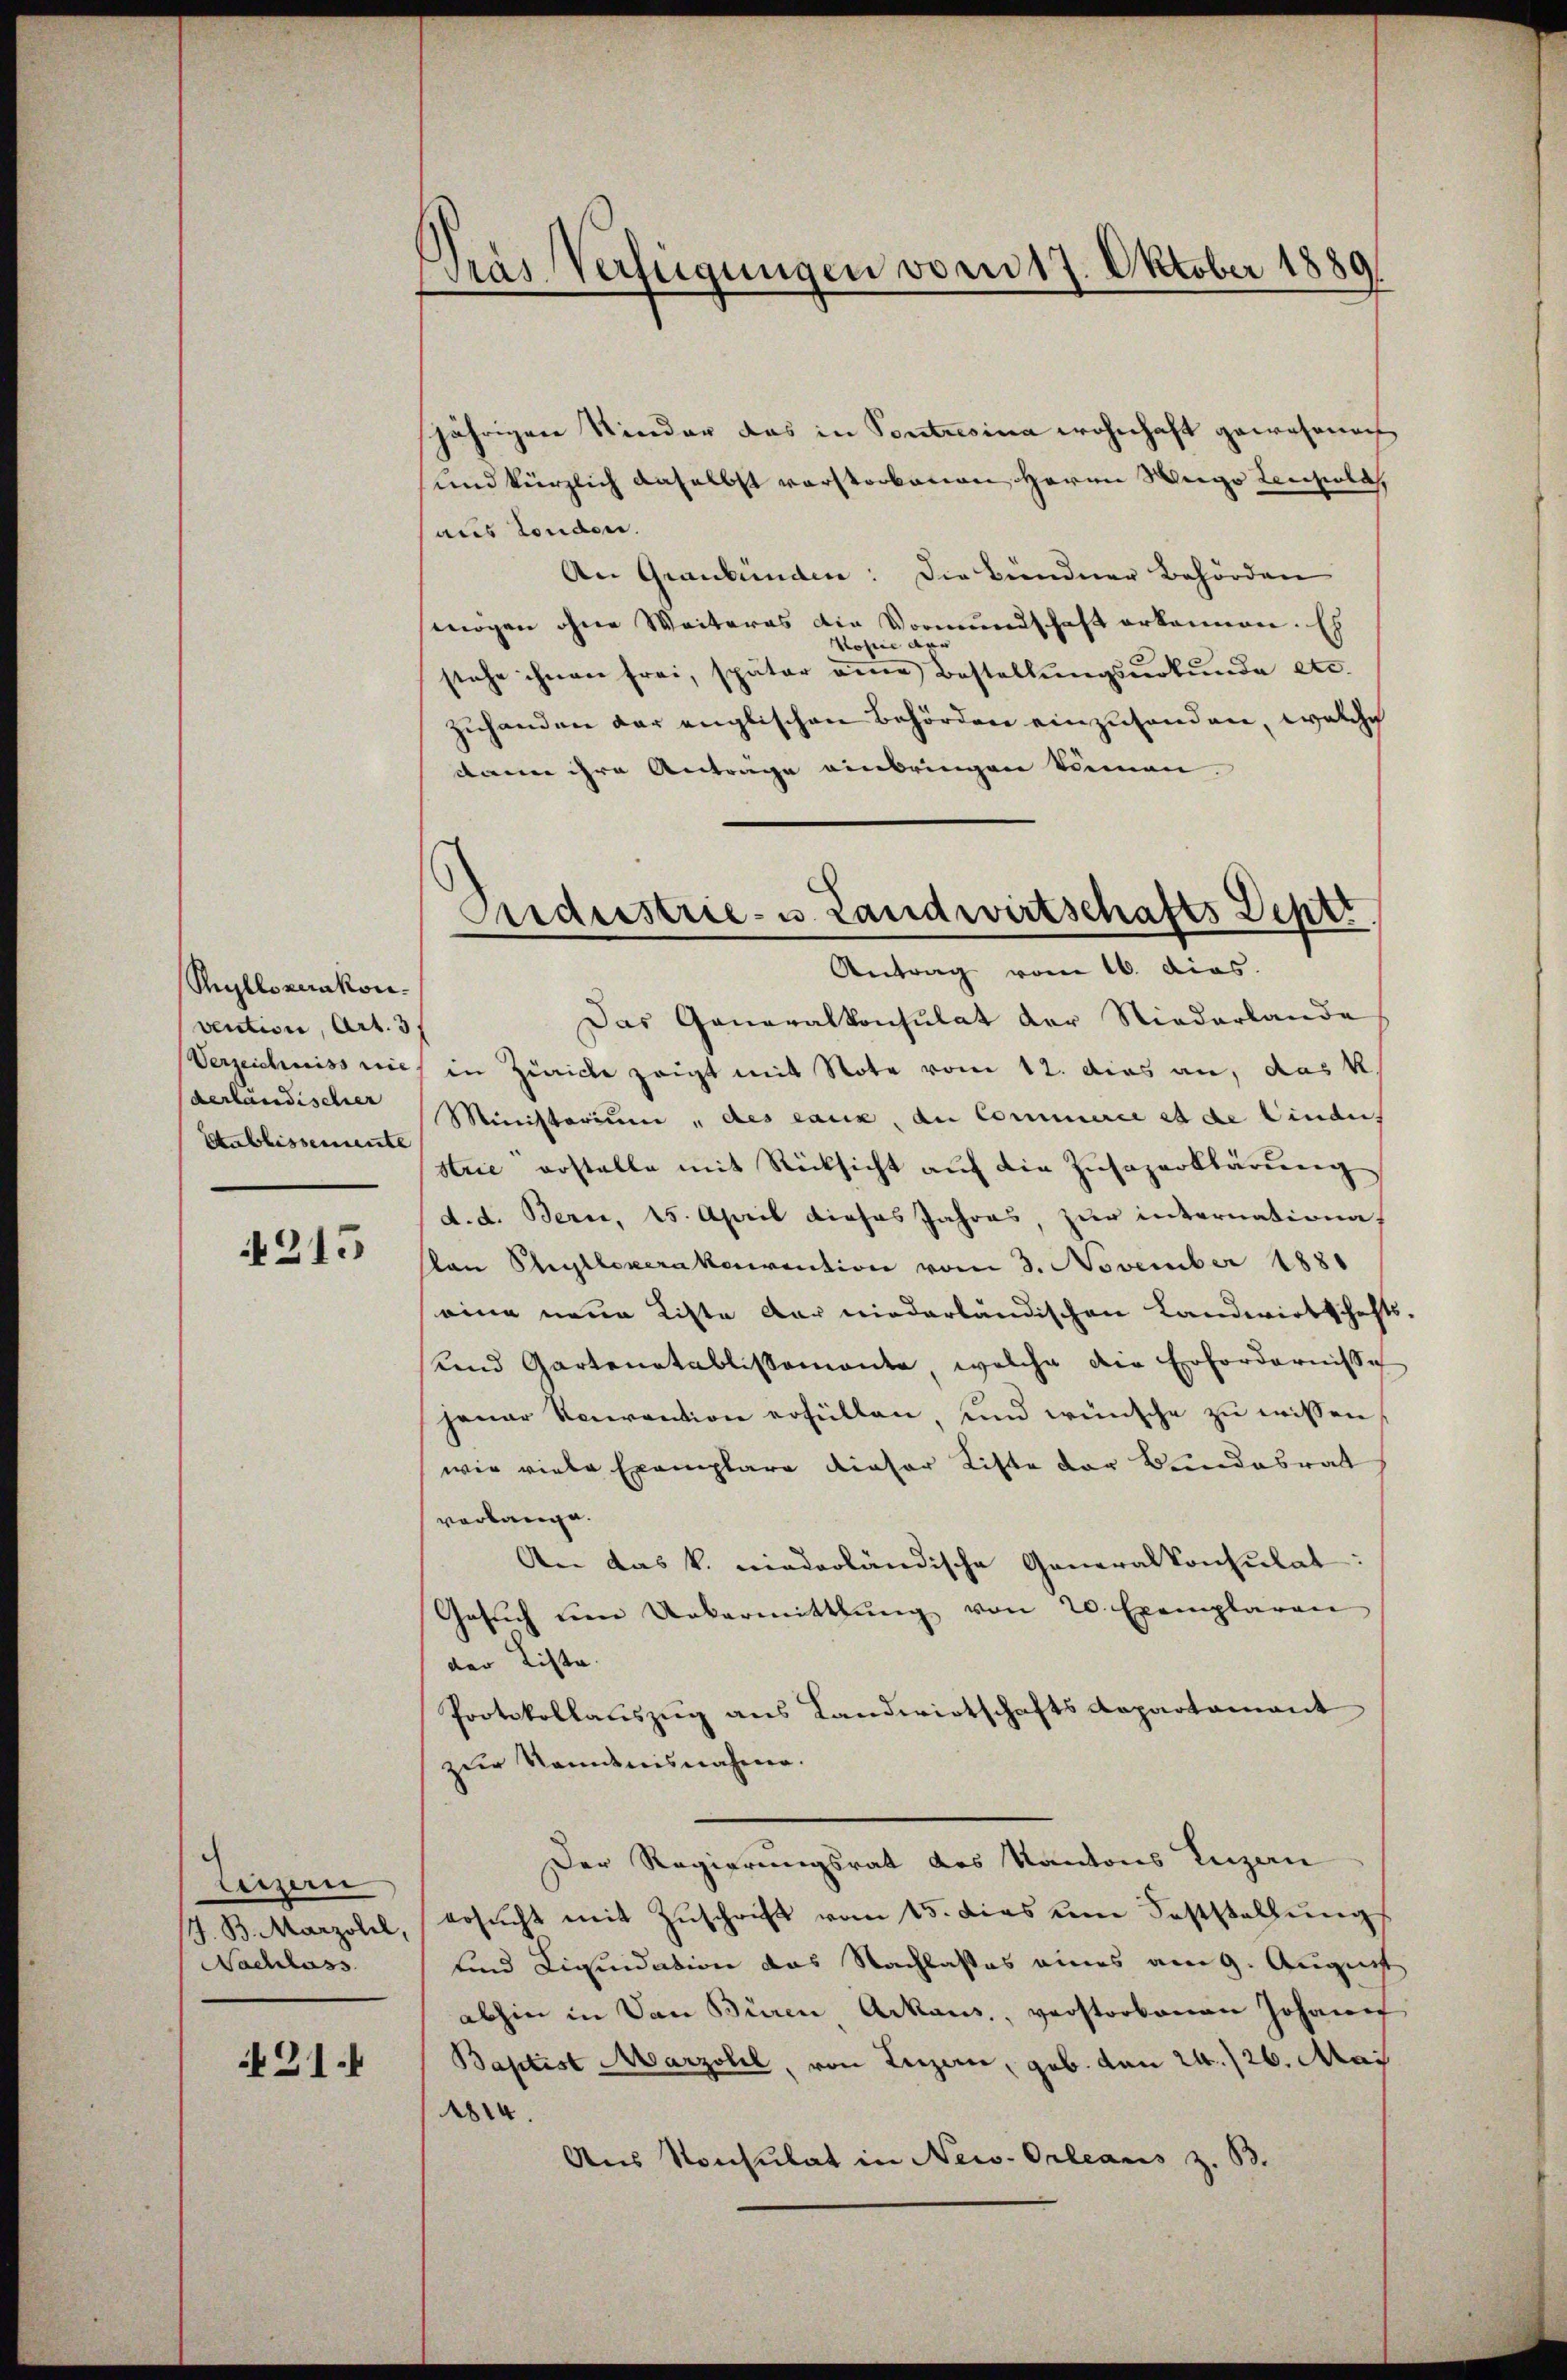
Ryllovankonvention, Art. 31
Verzeichniss nie
verländischer
Etablissemente

215

Litzern
7. B. Marzoll,
Nachlass

31.

ras Verfügungen vom 17. Oktober 1889

jährigen Kinder das in Contresina wohnhaft gewesenach
und kürzlich daselbst vorstorbenen Herrn Weige Lenzola,
aus sonden.
An Graubünden: Die Bündner Behörden
mögen ohne Weiteras die Vormundschaft erkennen. Es
Vomie der
stehe ihnen frei, später eine Bestellungsurkunde etc.
zuhanden der englischen Behörden einzuhanden, welche
dann ihre Anträge einbringen können

Audeestrie- u. Landwirtschafts Deptr
Antrag vom 16. dies.

Das Generalkonsulat der Niederlande
in Zürich zeigt mit Note vom 12. dies an, das k
Ministorium, des eaux, an Commerie et de Lindes
strie erstelle mit Rücksicht auf die Zusagerklärung
d. d. Bern, 15. April dieses Jahres, zur internationa
an Phyllexerakomention vom 3. November 1881
eine neue Liste der niederländischen Landwirtschafts-
unnd Gartenatablissemente, welche die Erfordernisse
janar Neuvention erfüllen, und wünsche zu wissen
wie viele Exemplare dieser Liste der Bundesrat
verlange.
An das k. niederländische Generalkonsulat
Gesŭch um Uebermittlung von 20. Exemplaren
der Liste
Protokollauszug aus Landwirtschafts Repartament
zur Kenntnisnahmen.
Der Regierungsrat des Kantons Luzan
ersŭcht mit Zŭschrift vom 15. dies um Feststellŭng
und Liquidation das Nachlasses eines am 9. August
abhin in Von Büren Arkaus, verstorbenen Johann
Baptist Marzoll, von Luzern, geb. von 24./26. Mai
824.
Aus Konsulat in New-Orleans z. B.